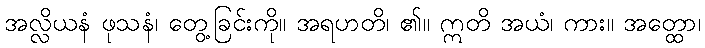
အလ္လိယနံ ဖုသနံ၊ တွေ့ခြင်းကို။ အရဟတိ၊ ၏။ ဣတိ အယံ၊ ကား။ အတ္ထော၊